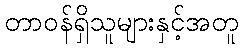
တာဝန်ရှိသူများနှင့်အတူ